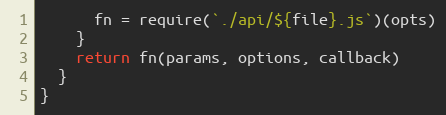
Language: JavaScript
      fn = require(`./api/${file}.js`)(opts)
    }
    return fn(params, options, callback)
  }
}